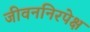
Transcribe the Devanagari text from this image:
जीवननिरपेक्ष